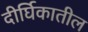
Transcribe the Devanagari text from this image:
दीर्घिकातील